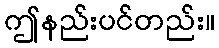
ဤနည်းပင်တည်း။